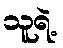
သူရဲ့